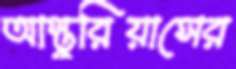
আস্তুরিয়াসের